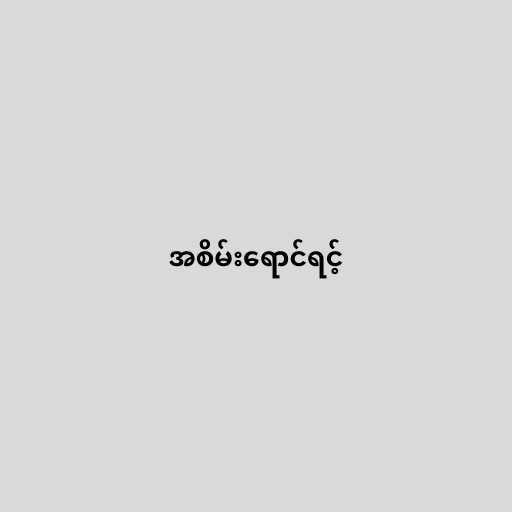
အစိမ်းရောင်ရင့်